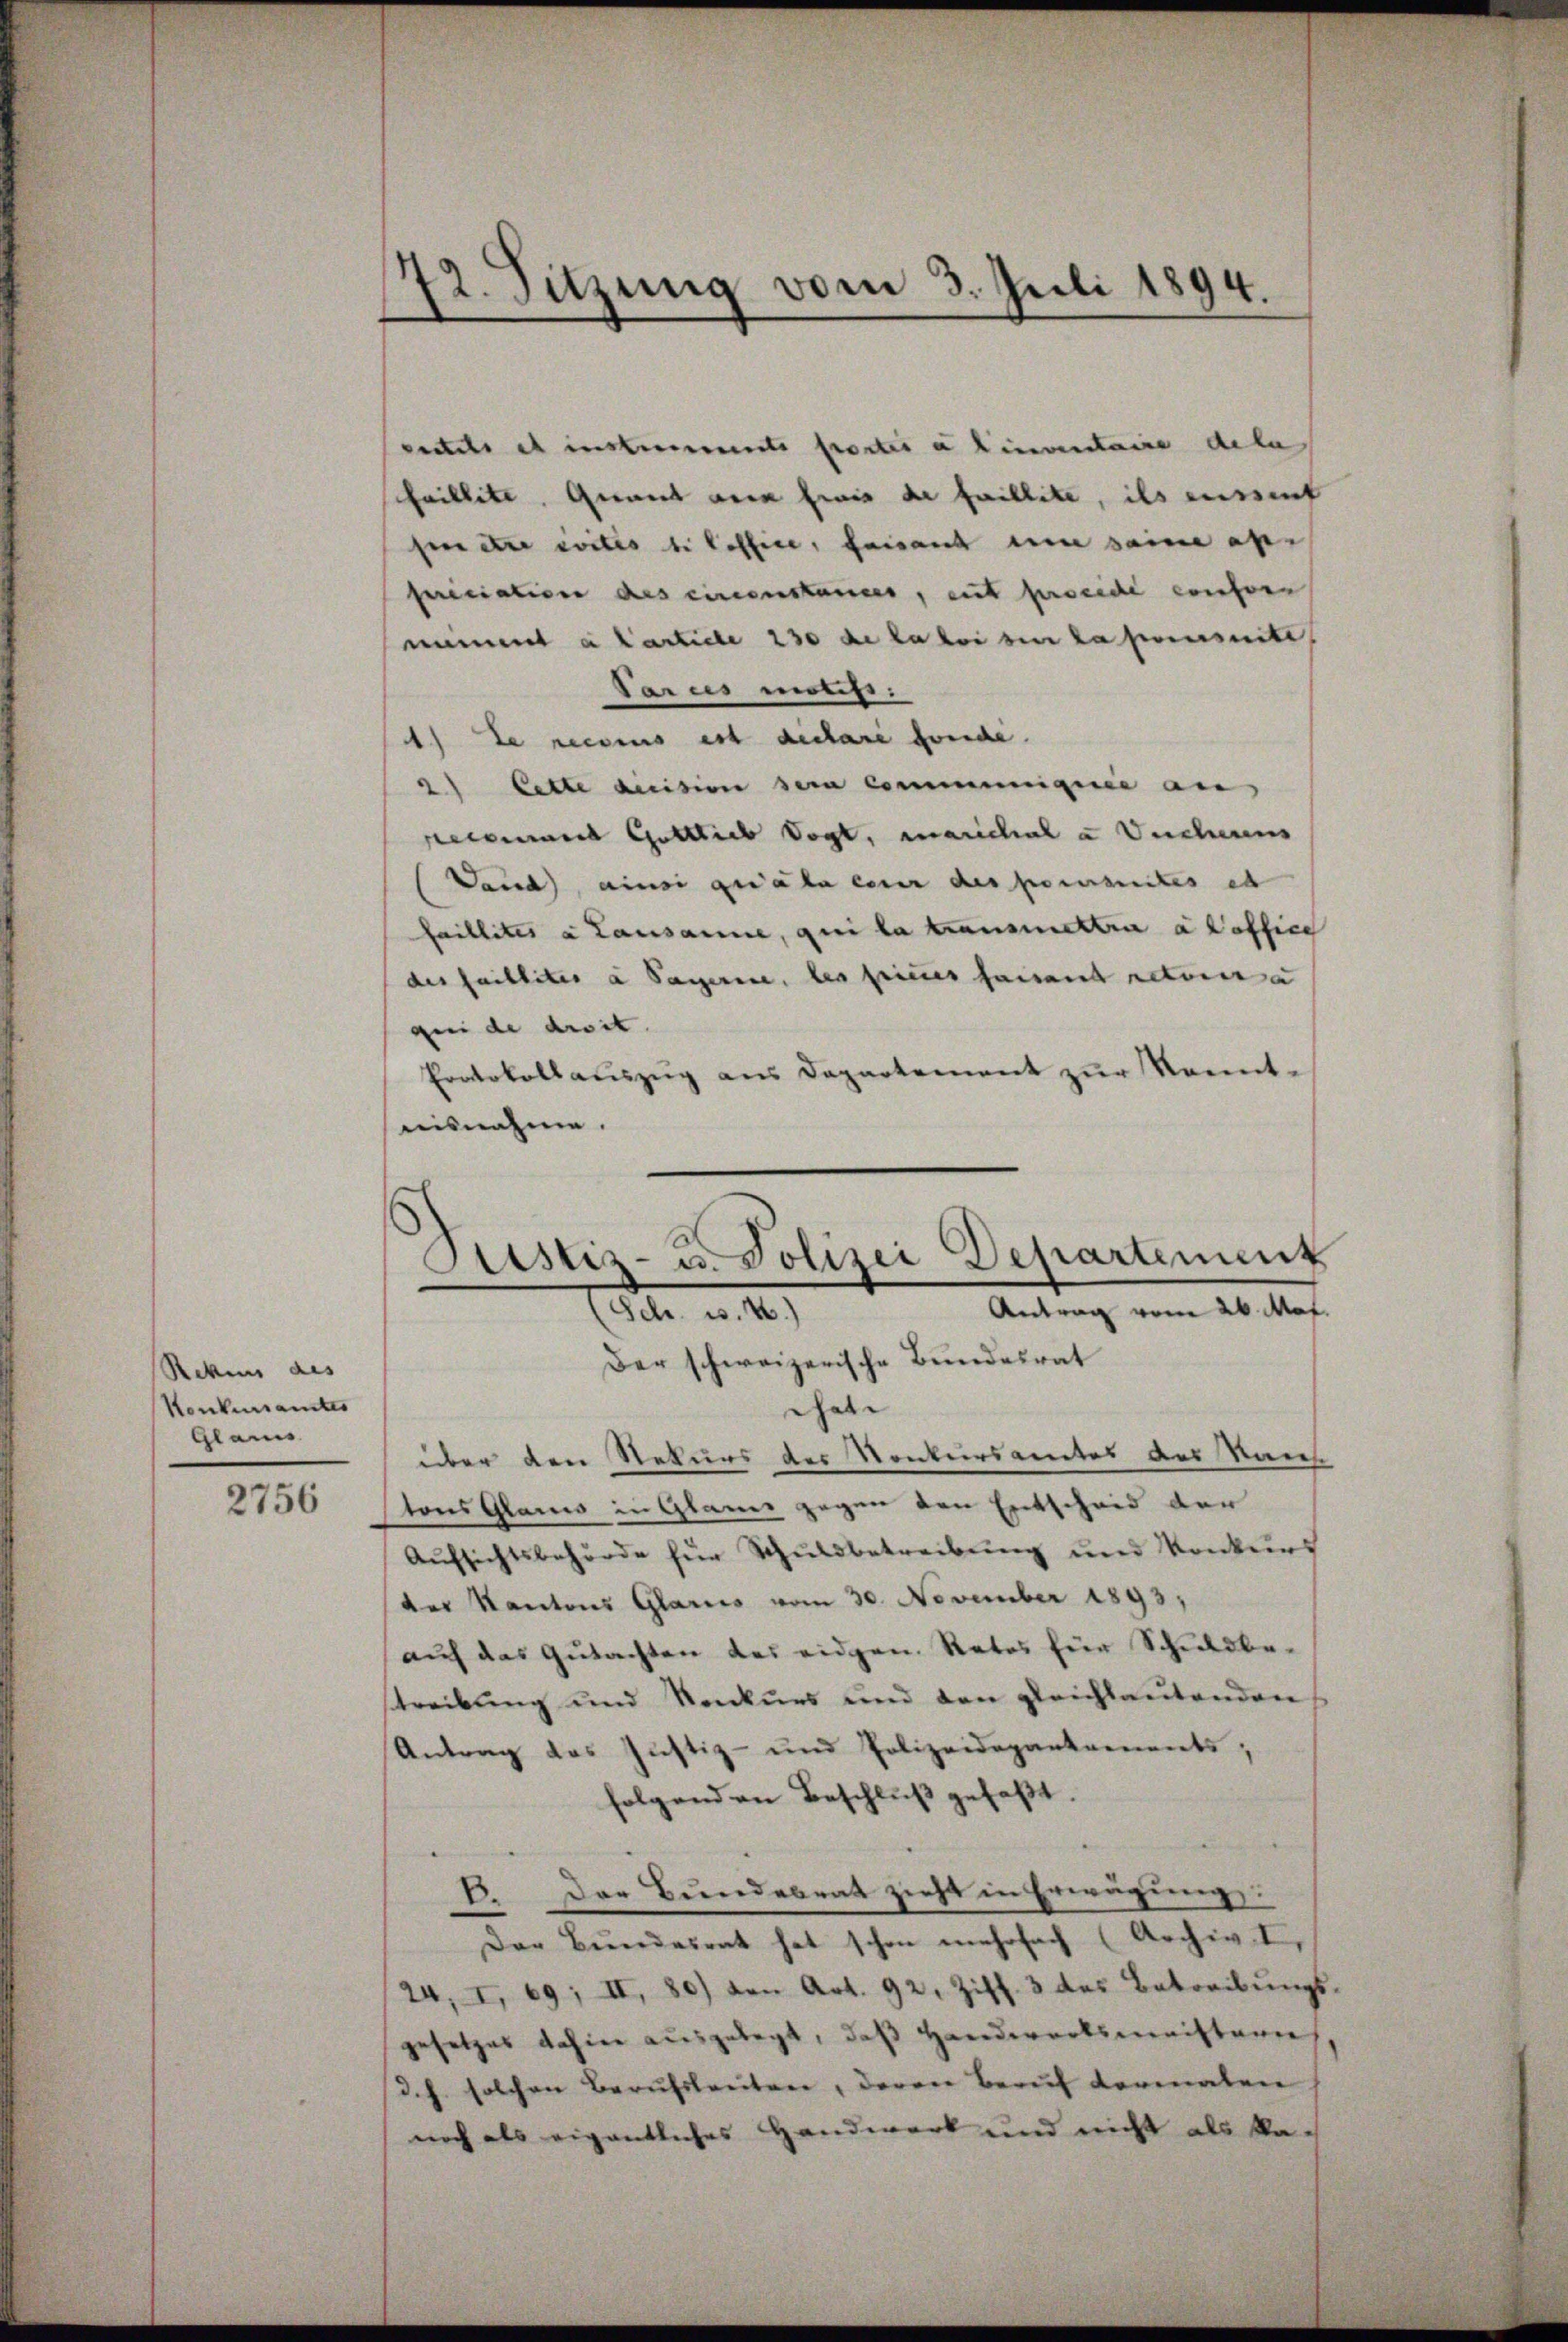
Rekurs des
Konkurramtes
Glains

2756

12. Sitzung vom 3. Juli 1894.

Bestiz- u. Polizei Departement
Antrag vom 26. Mai.
(Sch. v. 4.)

ntels es instrumente portis a linventaire dela
haillitt. Gant der wie de faillite, ils meint
seetze vortes si loffice, faisant um seine ap-
fericiation des einenstances, eut procede wehren
nament a Carticle 130 de la loi si la poursuite,
Paris motifi¬
) Le reconus est declare fonde.
2) Lette decision sera communiquie an,
ecsend Gottlieb Vogt, marichal a Vecherens
Vaud, ainsi quiale einer des primites eb
faillites u Lausanne, qui la transmettra a office
des faibliter a Sagerie, les seines faisant retoura
gen de droit.
Protokollauszug aus Departement zur Kenntnisnahme.
Der schweizerische Bundesrat
Gale
über den Rekurs der Kontersamtes des Kauf-
tons Glarus in Glaner gegen den Entscheid der
Aŭfsichtsbehörde für Schŭldbetreibŭng und Konkurs
ter Kantons Glarus vom 30. November 1893,
auf das Gutachten des eidgen. Rates für Schuldbetreibung und Konkurs und den gleichlautenden
Antrag das Justiz- und Polizeidepartements;
folgend an Beschluß gefaßt.
B. Der Bundesrat zieht in Erwägung
Der Bundesrat hat schon mehrfach (Archiv I,
24, I, 69; II, 80) von Art. 92. Ziff. 3 des Betreibŭngs-
gesetzes dahier ausgelegt, daß Handwerksmeistern
d. h. solchen Berufsleuten, deren Beruf vormalen
noch als eigentliches Handwerk und nicht als ka-